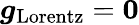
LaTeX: \boldsymbol{g}_{\mathrm{Lorentz}}=\boldsymbol{0}